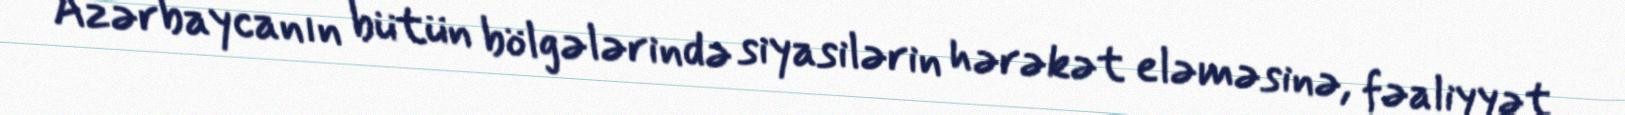
Azərbaycanın bütün bölgələrində siyasilərin hərəkət eləməsinə, fəaliyyət